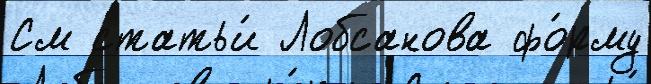
См статьи́ Лобсанова фо́рму